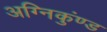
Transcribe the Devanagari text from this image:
अग्निकुंण्ड